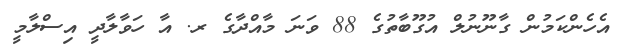
އެހެންކަމުން ގާނޫނުލް އުގޫބާތުގެ 88 ވަނަ މާއްދާގެ ރ. އާ ހަވާލާދީ އިސްލާމީ